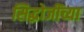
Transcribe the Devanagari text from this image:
सिद्धोजींच्या